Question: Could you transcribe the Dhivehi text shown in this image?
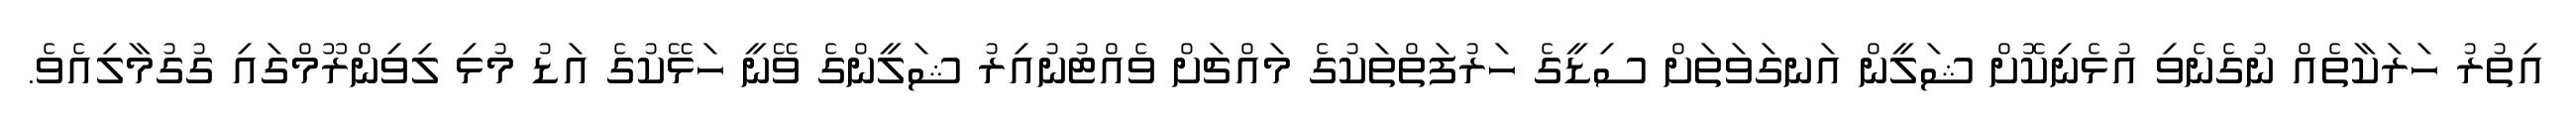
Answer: އިތުރު ހަރަކާތެއް ނުގެނެވި އުޅެނިކޮށް ޝަލީން އަނގަވަތަށް ސިޑީގެ ހަރުފަތްތަކުގެ މައްޗަށް ވެއްޓުނުއިރު ޝަލީންގެ ވޭނީ ހަޅޭކުގެ އަޑު މުޅި ލިވިންރޫމްގައި ގުގުމާލިއެވެ.